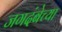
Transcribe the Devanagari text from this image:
जगदंबेच्या